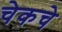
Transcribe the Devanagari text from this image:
चेकचे